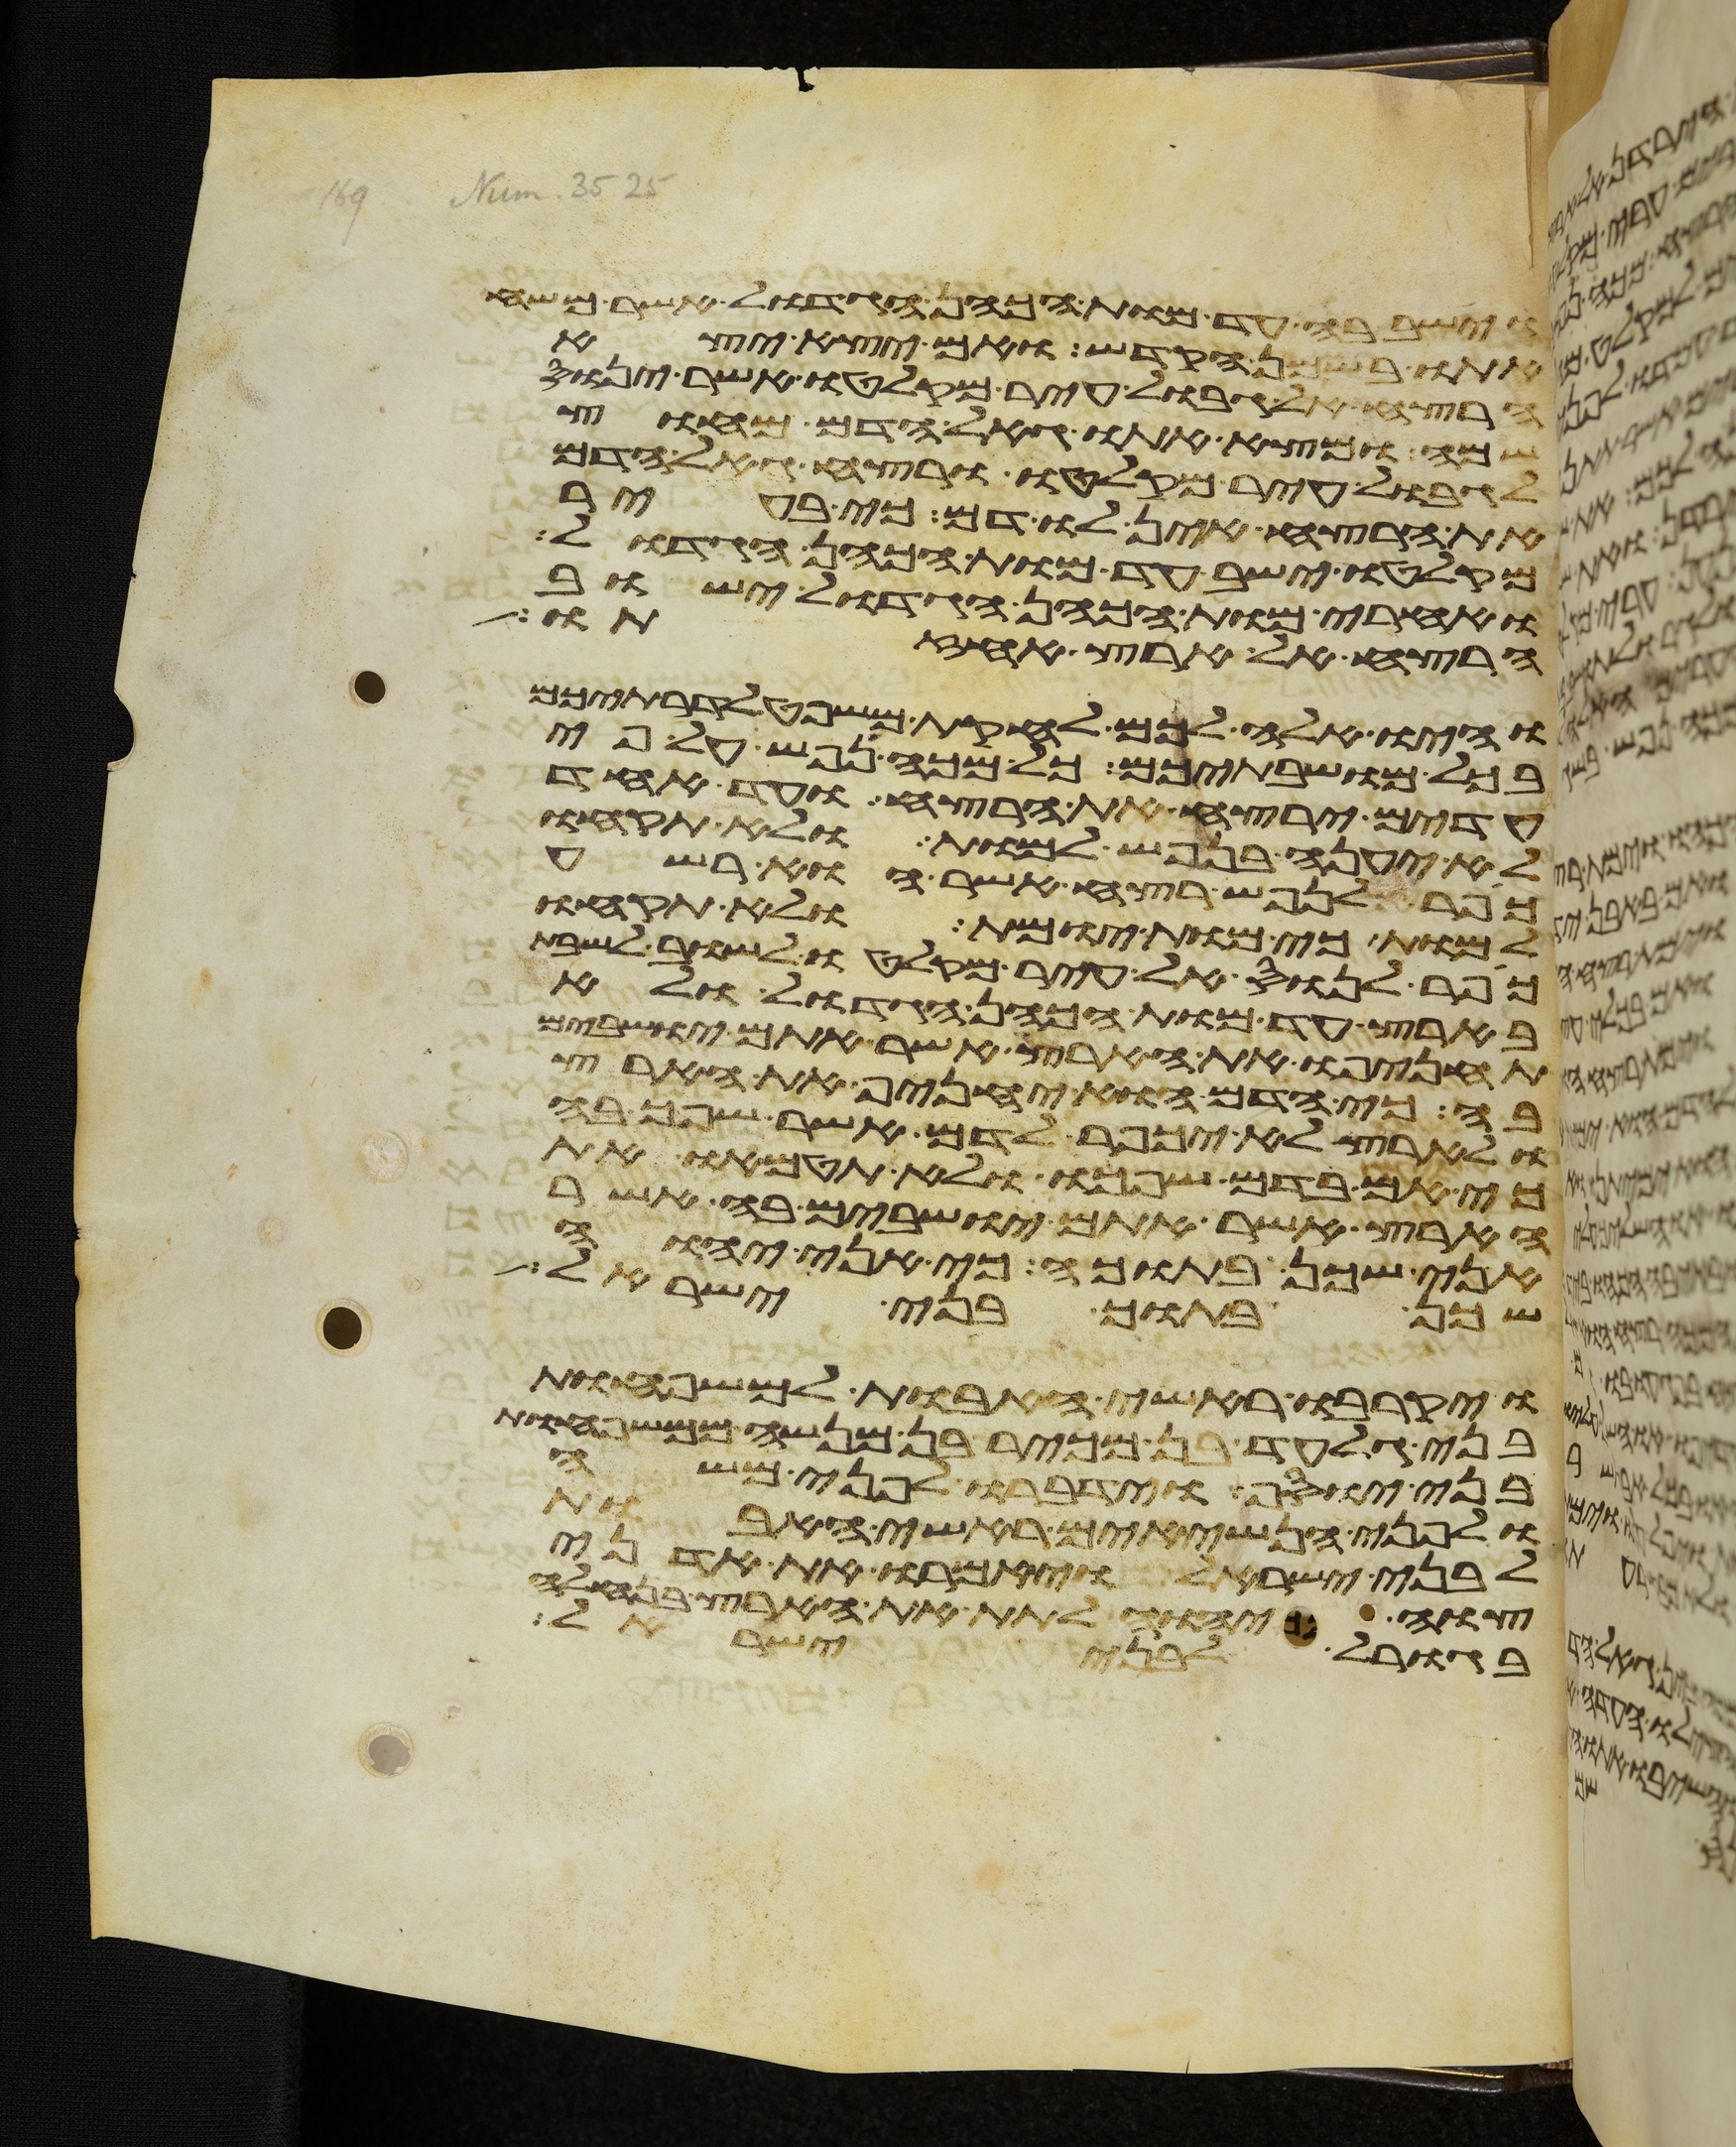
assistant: וישב בה עד מות הכהן הגדול אשר משח
אתו בשמן הקדש ואם יצא יצא
הרצח את גבול עיר מקלטו אשר ינוס
שמה ומצא אתו גאל הדם מחוץ
לגבול עיר מקלטו ורצח גאל הדם
את הרצח אין לו דם כי בעיר
מקלטו ישב עד מות הכהן הגדול
ואחרי מות הכהן הגדול ישוב
הרצח אל ארץ אחזתו
והיו אלה לכם לחקת משפט לדרתיכם
בכל מושבתיכם כל מכה נפש לפי
עדים ירצח את הרצח ועד אחד
לא יענה בנפש למות ולא תקחו
כפר לנפש רצח אשר הוא רשע
למות כי מות יומת ולא תקחו
כפר לנוס אל עיר מקלטו לשוב לשבת
בארץ עד מות הכהן הגדול ולא
תחניפו את הארץ אשר אתם ישבים
בה כי הדם הוא יחניף את הארץ
ולארץ לא יכפר לדם אשר שפך בה
כי אם בדם שפכו ולא תטמאו את
הארץ אשר אתם ישבים בה אשר
אני שכן בתוכה כי אני יהוה
שכן בתוך בני ישראל
ויקרבו ראשי האבות למשפחות
בני גלעד בן מכיר בן מנשה ממשפחות
בני יוסף וידברו לפני משה
ולפני הנשיאים ראשי האבות
לבני ישראל ויאמרו את אדני
צוה יהוה לתת את הארץ בנחלה
בגורל לבני ישראל